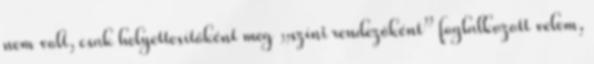
nem volt, csak helyettesítőként meg „színi rendezőként” foglalkozott velem,